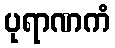
ပုရာဏကံ